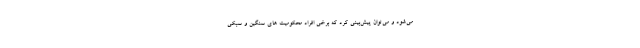
می‌شود و می‌توان پیش‌بینی کرد که برخی افراد محکومیت های سنگین و سبکی